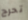
تحرج